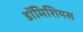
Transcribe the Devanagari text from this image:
डॉमिशियस